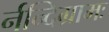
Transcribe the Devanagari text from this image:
र्नन्दिग्रामः